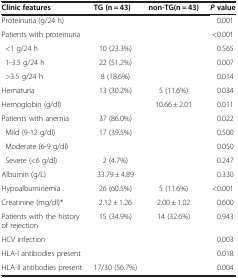
<table><thead><tr><td><b>Clinic features</b></td><td><b>TG (n = 43)</b></td><td><b>non-TG(n = 43)</b></td><td><b><i>P </i>value</b></td></tr></thead><tbody><tr><td>Proteinuria (g/24 h)</td><td>[EMPTY_CELL]</td><td>[EMPTY_CELL]</td><td>0.001</td></tr><tr><td>Patients with proteinuria</td><td>[EMPTY_CELL]</td><td>[EMPTY_CELL]</td><td>&lt;0.001</td></tr><tr><td> &lt;1 g/24 h</td><td>10 (23.3%)</td><td>[EMPTY_CELL]</td><td>0.565</td></tr><tr><td> 1-3.5 g/24 h</td><td>22 (51.2%)</td><td>[EMPTY_CELL]</td><td>0.007</td></tr><tr><td> &gt;3.5 g/24 h</td><td>8 (18.6%)</td><td>[EMPTY_CELL]</td><td>0.014</td></tr><tr><td>Hematuria</td><td>13 (30.2%)</td><td>5 (11.6%)</td><td>0.034</td></tr><tr><td>Hemoglobin (g/dl)</td><td>[EMPTY_CELL]</td><td>10.66 ± 2.01</td><td>0.011</td></tr><tr><td>Patients with anemia</td><td>37 (86.0%)</td><td>[EMPTY_CELL]</td><td>0.022</td></tr><tr><td> Mild (9-12 g/dl)</td><td>17 (39.5%)</td><td>[EMPTY_CELL]</td><td>0.500</td></tr><tr><td> Moderate (6-9 g/dl)</td><td>[EMPTY_CELL]</td><td>[EMPTY_CELL]</td><td>0.050</td></tr><tr><td> Severe (&lt;6 g/dl)</td><td>2 (4.7%)</td><td>[EMPTY_CELL]</td><td>0.247</td></tr><tr><td>Albumin (g/L)</td><td>33.79 ± 4.89</td><td>[EMPTY_CELL]</td><td>0.330</td></tr><tr><td>Hypoalbuminemia</td><td>26 (60.5%)</td><td>5 (11.6%)</td><td>&lt;0.001</td></tr><tr><td>Creatinine (mg/dl)*</td><td>2.12 ± 1.26</td><td>2.00 ± 1.02</td><td>0.600</td></tr><tr><td>Patients with the history of rejection</td><td>15 (34.9%)</td><td>14 (32.6%)</td><td>0.943</td></tr><tr><td>HCV infection</td><td>[EMPTY_CELL]</td><td>[EMPTY_CELL]</td><td>0.003</td></tr><tr><td>HLA-I antibodies present</td><td>[EMPTY_CELL]</td><td>[EMPTY_CELL]</td><td>0.018</td></tr><tr><td>HLA-II antibodies present</td><td>17/30 (56.7%)</td><td>[EMPTY_CELL]</td><td>0.004</td></tr></tbody></table>